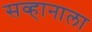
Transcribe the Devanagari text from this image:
सव्हानाला